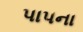
પાપના